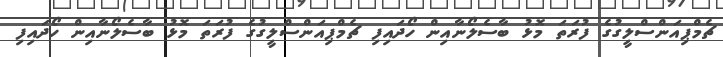
ޗެމްޕިއަންސްލީގުގެ ފުރަތަ މޮޅު ބާސެލޯނާއިން ހޯދައިފި ޗެމްޕިއަންސްލީގުގެ ފުރަތަ މޮޅު ބާސެލޯނާއިން ހޯދައިފި